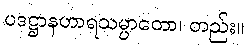
ပဒဋ္ဌာနဟာရသမ္ပာတော၊ တည်း။